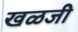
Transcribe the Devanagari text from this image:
खळजी